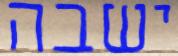
ישבה